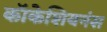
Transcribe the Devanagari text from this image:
कॉकेशियनंस